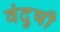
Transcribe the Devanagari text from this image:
वंदुषी